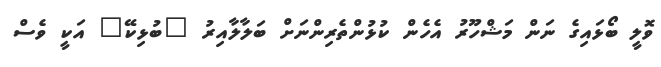
ވޮލީ ބޯޅައިގެ ނަން މަޝްހޫރު އެހެން ކުޅުންތެރިންނަށް ބަލާލާއިރު "ބުޅިކޭ" އަކީ ވެސް